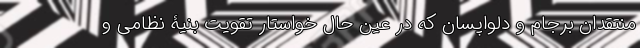
منتقدان برجام و دلواپسان که در عین حال خواستار تقویت بنیۀ نظامی و